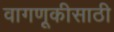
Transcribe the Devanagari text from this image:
वागणूकीसाठी